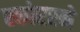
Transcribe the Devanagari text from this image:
स्कोररने